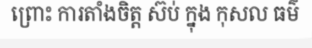
ព្រោះ ការតាំងចិត្ត ស៊ប់ ក្នុង កុសល ធម៌